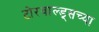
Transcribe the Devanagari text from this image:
टोरवाल्ड्सच्या